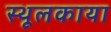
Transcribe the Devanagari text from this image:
स्थूलकाया